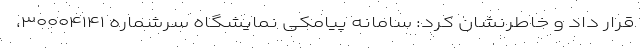
قرار داد و خاطرنشان کرد: سامانه پیامکی نمایشگاه سرشماره ۳۰۰۰۴۱۴۱،